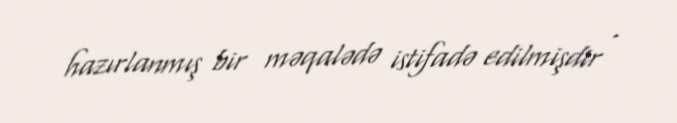
hazırlanmış bir məqalədə istifadə edilmişdir .